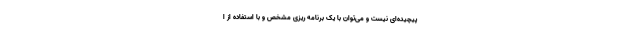
پیچیده‌ای نیست و می‌توان با یک برنامه ریزی مشخص و با استفاده از ا